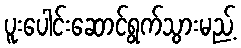
ပူးပေါင်းဆောင်ရွက်သွားမည့်